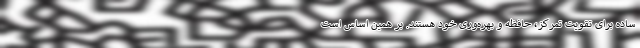
ساده برای تقویت تمرکز، حافظه و بهره‌وری خود هستند. بر همین اساس است